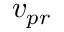
v _ { p r }